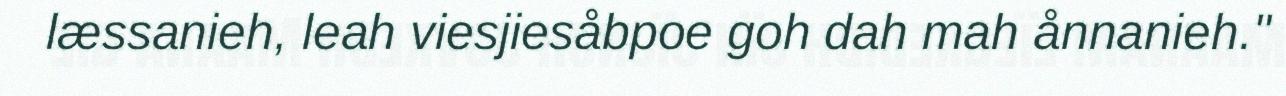
læssanieh, leah viesjiesåbpoe goh dah mah ånnanieh."